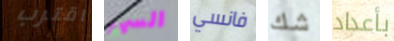
اقترب السهر فانسي شك بأعداد